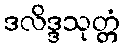
ဒလိဒ္ဒသုတ္တံ